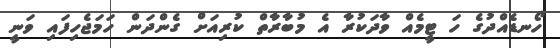
ހޯނޑެއްދުގެ ހަ ޓީމެއް ވާދަކުރާ އެ މުބާރާތް ކުރިއަށް ގެންދަން ހަމަޖެހިފައި ވަނީ